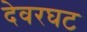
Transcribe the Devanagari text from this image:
देवरघट